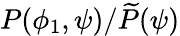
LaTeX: P(\phi_{1},\psi)/\widetilde{P}(\psi)